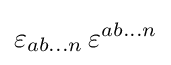
\varepsilon _{ab\ldots n}\,\varepsilon ^{ab\ldots n}